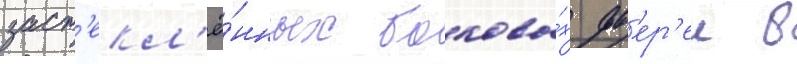
заст'екл'ё́нных боковы́х дв'ер'еи в